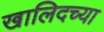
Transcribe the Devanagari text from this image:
खालिदच्या